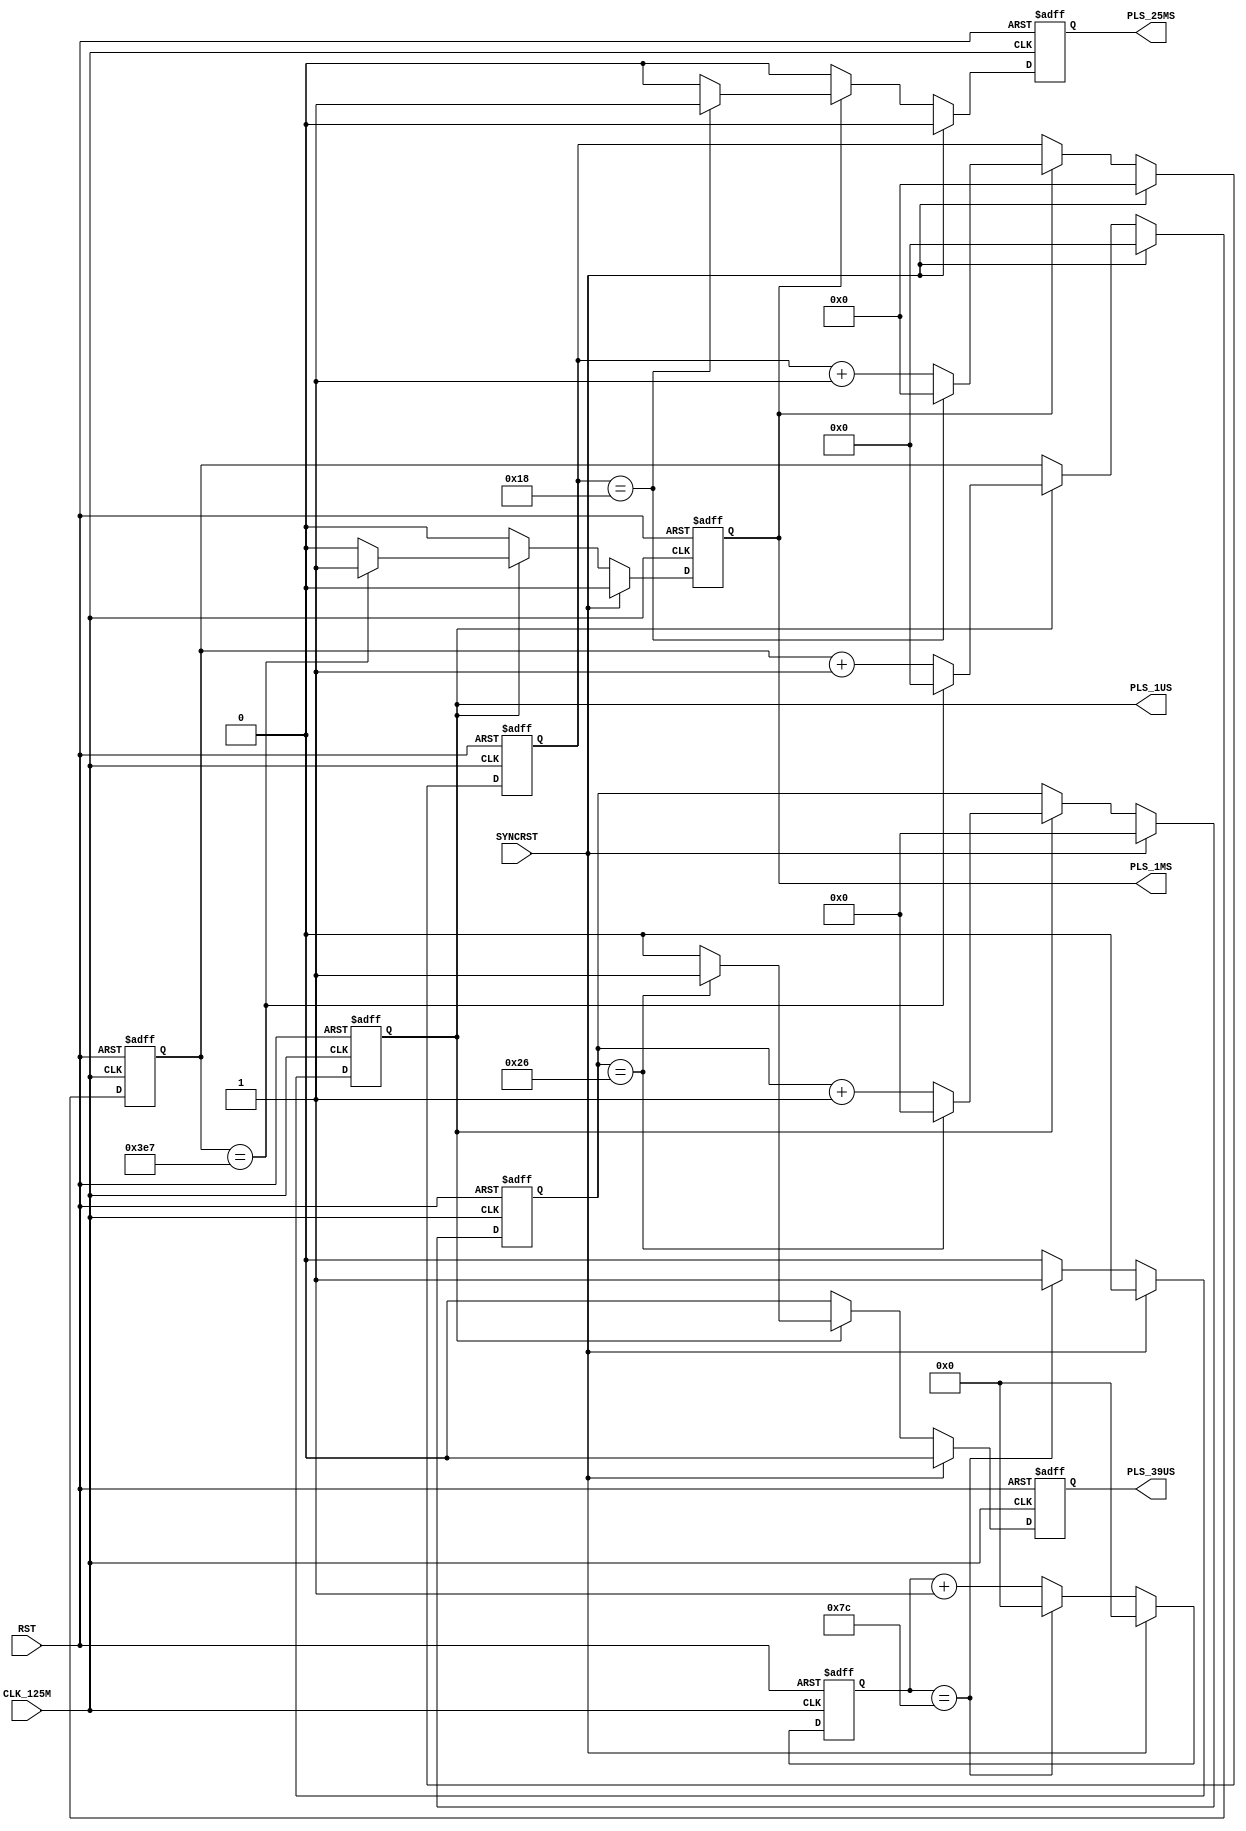
`timescale 1ns / 1ps
//////////////////////////////////////////////////////////////////////////////////
// Company: 
// Engineer: 
// 
// Design Name: 
// Module Name: CKTG
// Project Name: 
// Target Devices: 
// Tool Versions: 
// Description: 
// 
// Dependencies: 
// 
// Revision:
// Revision 0.01 - File Created
// Additional Comments:
// 
//////////////////////////////////////////////////////////////////////////////////


module CKTG(
    input  wire CLK_125M  , // 
    input  wire RST       , // 
    input  wire SYNCRST   , // 
    output wire PLS_1US   , // 
    output wire PLS_39US  , // 
    output wire PLS_1MS   , // 
    output wire PLS_25MS    // 
  );
  
//====================================================================================
// parameter
//====================================================================================
  
  parameter P_CNT_1US   = (125-1)             ; // 125MHz -> 1us
  parameter P_WIDTH_1US = $clog2(P_CNT_1US+1) ; // 
  parameter P_CNT_39US  = (39-1)              ; // 1us * 39 = 39us
  parameter P_WIDTH_39US= $clog2(P_CNT_39US+1); // 
  parameter P_CNT_1MS   = (1000-1)            ; // 1us * 1000 = 1ms
  parameter P_WIDTH_1MS = $clog2(P_CNT_1MS+1) ; // 
  parameter P_CNT_25MS  = (25-1)              ; // 1ms * 25 = 25ms
  parameter P_WIDTH_25MS= $clog2(P_CNT_25MS+1); // 
  
//====================================================================================
// reg
//====================================================================================
  
  reg [P_WIDTH_1US-1:0]  cnt_1us ; // 
  reg                    pls_1us ; // 
  reg [P_WIDTH_39US-1:0] cnt_39us; // 
  reg                    pls_39us; // 
  reg [P_WIDTH_1MS-1:0]  cnt_1ms ; // 
  reg                    pls_1ms ; // 
  reg [P_WIDTH_25MS-1:0] cnt_25ms; // 
  reg                    pls_25ms; // 
  
//====================================================================================
// Circuit Description                                                                
//====================================================================================
  
  always @(posedge CLK_125M or posedge RST) begin
    if (RST) begin
      cnt_1us <= {P_WIDTH_1US{1'b0}};
      pls_1us <= 1'b0               ;
    end else if (SYNCRST) begin
      cnt_1us <= {P_WIDTH_1US{1'b0}};
      pls_1us <= 1'b0               ;
    end else begin
      cnt_1us <= (cnt_1us == P_CNT_1US) ? {P_WIDTH_1US{1'b0}} : (cnt_1us+1'b1);
      pls_1us <= (cnt_1us == P_CNT_1US) ? 1'b1                : 1'b0          ;
    end
  end
  
  always @(posedge CLK_125M or posedge RST) begin
    if (RST) begin
      cnt_39us <= {P_WIDTH_39US{1'b0}};
      pls_39us <= 1'b0                ;
    end else if (SYNCRST) begin
      cnt_39us <= {P_WIDTH_39US{1'b0}};
      pls_39us <= 1'b0                ;
    end else if (pls_1us) begin
      cnt_39us <= (cnt_39us == P_CNT_39US) ? {P_WIDTH_39US{1'b0}} : (cnt_39us+1'b1);
      pls_39us <= (cnt_39us == P_CNT_39US) ? 1'b1                 : 1'b0           ;
    end else begin
      cnt_39us <= cnt_39us;
      pls_39us <= 1'b0    ;
    end
  end
  
  always @(posedge CLK_125M or posedge RST) begin
    if (RST) begin
      cnt_1ms <= {P_WIDTH_1MS{1'b0}};
      pls_1ms <= 1'b0               ;
    end else if (SYNCRST) begin
      cnt_1ms <= {P_WIDTH_1MS{1'b0}};
      pls_1ms <= 1'b0               ;
    end else if (pls_1us) begin
      cnt_1ms <= (cnt_1ms == P_CNT_1MS) ? {P_WIDTH_1MS{1'b0}} : (cnt_1ms+1'b1);
      pls_1ms <= (cnt_1ms == P_CNT_1MS) ? 1'b1                : 1'b0          ;
    end else begin
      cnt_1ms <= cnt_1ms;
      pls_1ms <= 1'b0   ;
    end
  end
  
  always @(posedge CLK_125M or posedge RST) begin
    if (RST) begin
      cnt_25ms <= {P_WIDTH_25MS{1'b0}};
      pls_25ms <= 1'b0                ;
    end else if (SYNCRST) begin
      cnt_25ms <= {P_WIDTH_25MS{1'b0}};
      pls_25ms <= 1'b0                ;
    end else if (pls_1ms) begin
      cnt_25ms <= (cnt_25ms == P_CNT_25MS) ? {P_WIDTH_25MS{1'b0}} : (cnt_25ms+1'b1);
      pls_25ms <= (cnt_25ms == P_CNT_25MS) ? 1'b1                 : 1'b0           ;
    end else begin
      cnt_25ms <= cnt_25ms;
      pls_25ms <= 1'b0    ;
    end
  end
  
//====================================================================================
// Output
//====================================================================================
  
  assign PLS_1US  = pls_1us ;
  assign PLS_39US = pls_39us;
  assign PLS_1MS  = pls_1ms ;
  assign PLS_25MS = pls_25ms;
  
endmodule